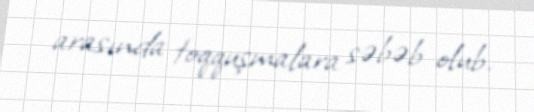
arasında toqquşmalara səbəb olub.